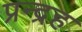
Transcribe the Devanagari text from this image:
प्रन्द्रह